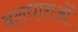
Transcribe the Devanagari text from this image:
बलधाराओं